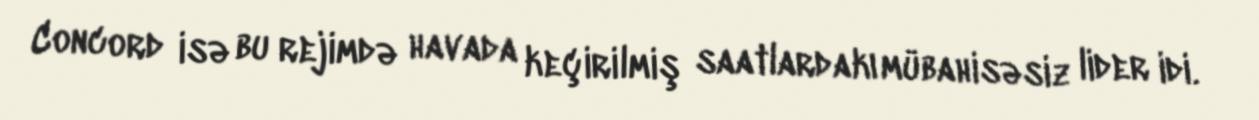
Concord isə bu rejimdə havada keçirilmiş saatlardakı mübahisəsiz lider idi.